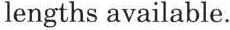
lengths available.